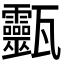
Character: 𤮹